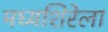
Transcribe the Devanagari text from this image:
मध्यशिरेला